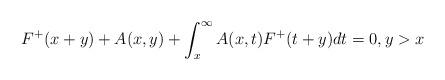
LaTeX: \begin{align*}F^{+}(x+y)+A(x,y)+\int_{x}^{\infty}A(x,t)F^{+}(t+y)dt=0,y>x \end{align*}